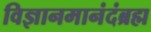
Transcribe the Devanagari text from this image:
विज्ञानमानंदंब्रह्म